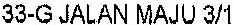
33-G JALAN MAJO 3/1